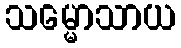
သမ္မောသာယ